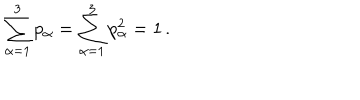
\sum _ { \alpha = 1 } ^ { 3 } p _ { \alpha } = \sum _ { \alpha = 1 } ^ { 3 } p _ { \alpha } ^ { 2 } = 1 \, .